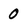
Character: 0